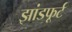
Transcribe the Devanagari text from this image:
झांडफूर्ट